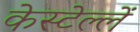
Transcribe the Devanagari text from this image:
केस्टेल्लें